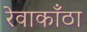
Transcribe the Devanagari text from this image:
रेवाकाँठा